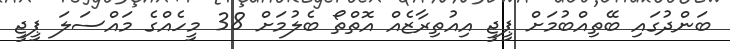
ބަންދުގައި ބޭތިއްބުމަށް ޕީޖީ އިއުތިރާޒެއް އޮތްތޯ ބެލުމަށް 38 މީހެއްގެ މައްސަލަ ޕީޖީ